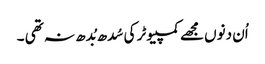
اُن دنوں مجھے کمپیوٹر کی سُدھ بُدھ نہ تھی ۔